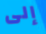
إلى